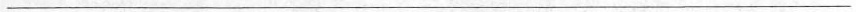
___